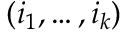
( i _ { 1 } , \dots , i _ { k } )